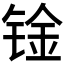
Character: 𰾑